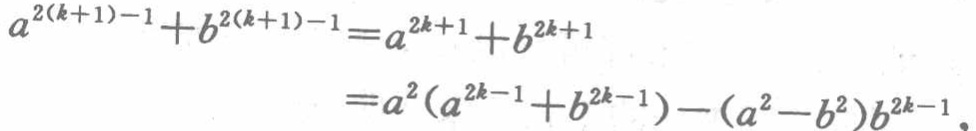
\[
\begin{align*}
a^{2(k + 1)-1}+b^{2(k + 1)-1}&=a^{2k + 1}+b^{2k + 1}\\
&=a^{2}(a^{2k - 1}+b^{2k - 1})-(a^{2}-b^{2})b^{2k - 1}
\end{align*}
\]